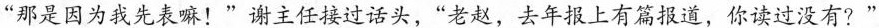
“那是因为我先表嘛!”谢主任接过话头，“老赵，去年报上有篇报道，你读过没有?“